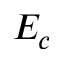
E _ { c }